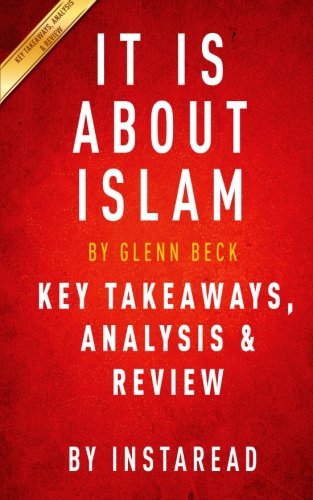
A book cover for It IS About Islam: by Glenn Beck | Key Takeaways, Analysis & Review: Exposing the Truth About ISIS, Al Qaeda, Iran, and the Caliphate; Instaread; Religion & Spirituality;